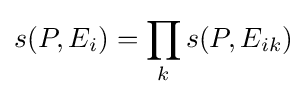
s(P,E_{i})=\prod _{k}s(P,E_{ik})